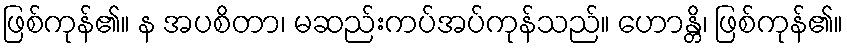
ဖြစ်ကုန်၏။ န အပစိတာ၊ မဆည်းကပ်အပ်ကုန်သည်။ ဟောန္တိ၊ ဖြစ်ကုန်၏။